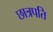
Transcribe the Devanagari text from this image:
छात्रपति